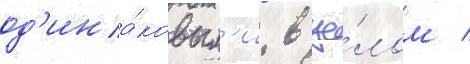
од'ина́ковым'и. в це́лом /